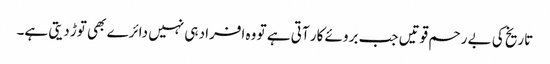
تاریخ کی بے رحم قوتیں جب بروئے کار آتی ہے تو وہ افراد ہی نہیں دائرے بھی توڑ دیتی ہے۔